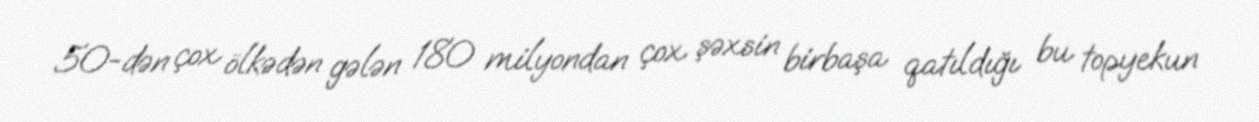
50-dən çox ölkədən gələn 180 milyondan çox şəxsin birbaşa qatıldığı bu topyekun